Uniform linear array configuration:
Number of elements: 8
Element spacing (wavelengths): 0.5
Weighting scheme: cosine
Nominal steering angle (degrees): -60
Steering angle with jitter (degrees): -60.594
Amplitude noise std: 0.05
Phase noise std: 0.05

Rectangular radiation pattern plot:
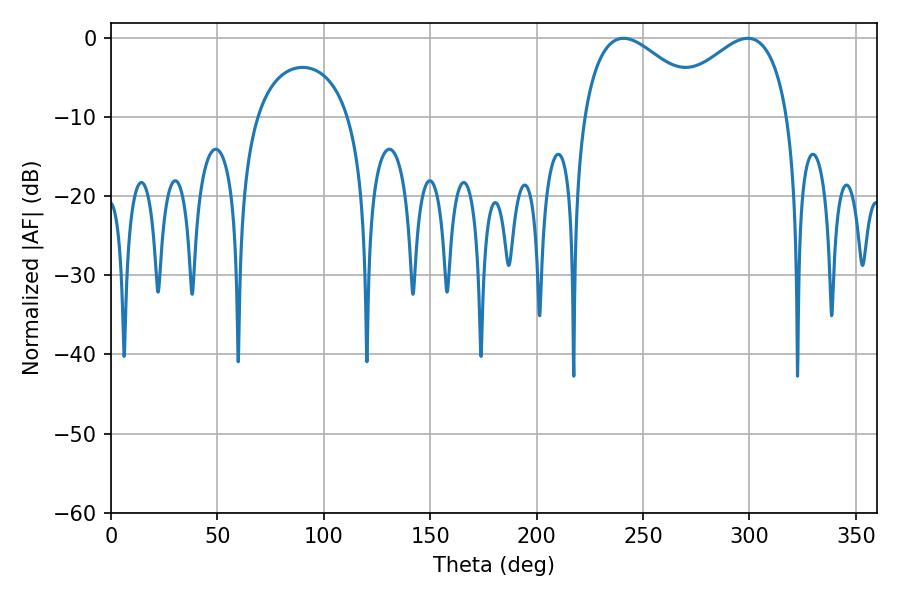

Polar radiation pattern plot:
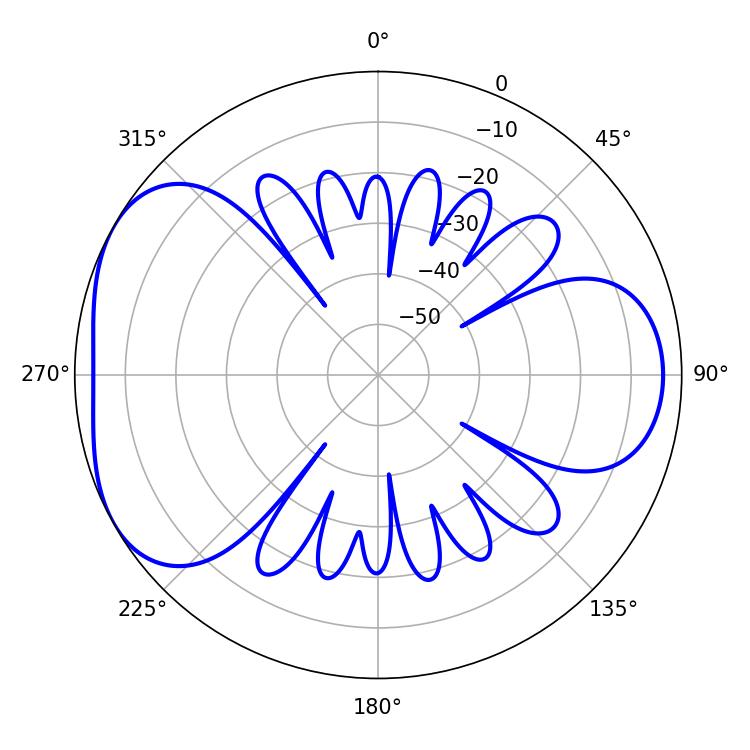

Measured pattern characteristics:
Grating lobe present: FALSE
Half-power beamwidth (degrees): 32.04
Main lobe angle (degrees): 240.84